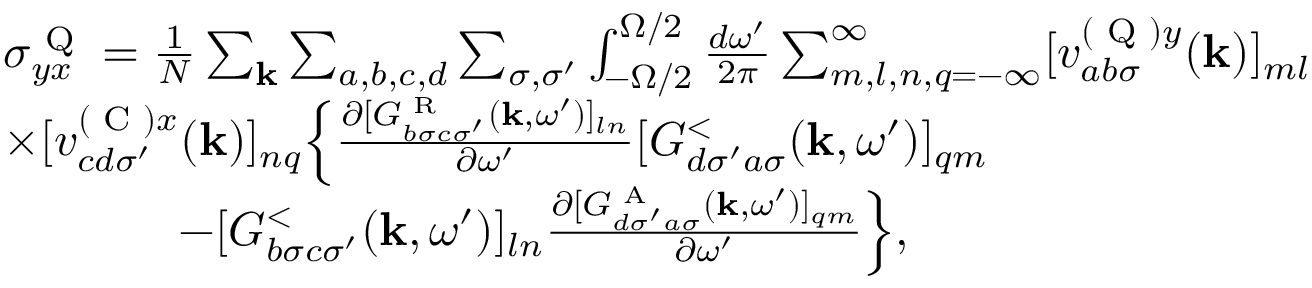
\begin{array} { r l } & { \sigma _ { y x } ^ { \textrm { Q } } = \frac { 1 } { N } \sum _ { \mathbf { k } } \sum _ { a , b , c , d } \sum _ { \sigma , \sigma ^ { \prime } } \int _ { - \Omega / 2 } ^ { \Omega / 2 } \frac { d \omega ^ { \prime } } { 2 \pi } \sum _ { m , l , n , q = - \infty } ^ { \infty } [ v _ { a b \sigma } ^ { ( \textrm { Q } ) y } ( \mathbf { k } ) ] _ { m l } } \\ & { \times [ v _ { c d \sigma ^ { \prime } } ^ { ( \textrm { C } ) x } ( \mathbf { k } ) ] _ { n q } \Bigl \{ \frac { \partial [ G _ { b \sigma c \sigma ^ { \prime } } ^ { \textrm { R } } ( \mathbf { k } , \omega ^ { \prime } ) ] _ { l n } } { \partial \omega ^ { \prime } } [ G _ { d \sigma ^ { \prime } a \sigma } ^ { < } ( \mathbf { k } , \omega ^ { \prime } ) ] _ { q m } } \\ & { \ \ \ \ \ \ \ \ \ \ \ - [ G _ { b \sigma c \sigma ^ { \prime } } ^ { < } ( \mathbf { k } , \omega ^ { \prime } ) ] _ { l n } \frac { \partial [ G _ { d \sigma ^ { \prime } a \sigma } ^ { \textrm { A } } ( \mathbf { k } , \omega ^ { \prime } ) ] _ { q m } } { \partial \omega ^ { \prime } } \Bigr \} , } \end{array}